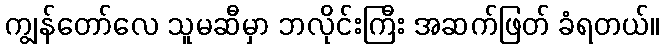
ကျွန်တော်လေ သူမဆီမှာ ဘလိုင်းကြီး အဆက်ဖြတ် ခံရတယ်။